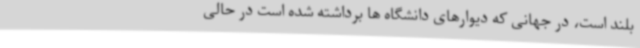
بلند است، در جهانی که دیوارهای دانشگاه ها برداشته شده است در حالی